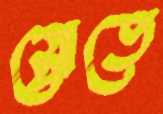
স্রোতে